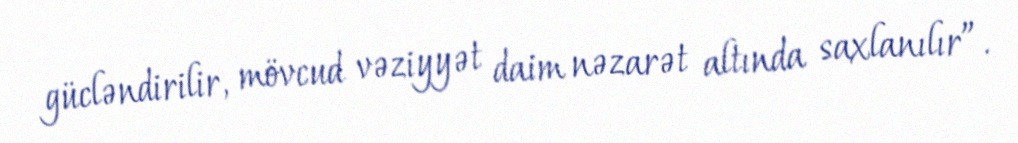
gücləndirilir, mövcud vəziyyət daim nəzarət altında saxlanılır”.